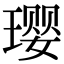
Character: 璎